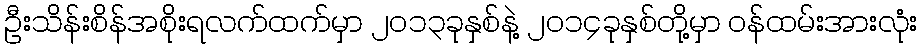
ဦးသိန်းစိန်အစိုးရလက်ထက်မှာ ၂၀၁၃ခုနှစ်နဲ့ ၂၀၁၄ခုနှစ်တို့မှာ ဝန်ထမ်းအားလုံး